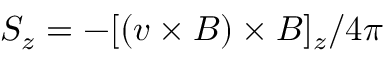
S _ { z } = - [ ( \boldsymbol { v } \times \boldsymbol { B } ) \times \boldsymbol { B } ] _ { z } / 4 \pi